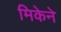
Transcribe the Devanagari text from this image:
मिकेने